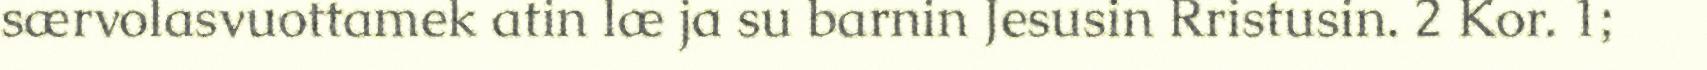
særvolasvuottamek atin læ ja su barnin Jesusin Rristusin. 2 Kor. 1;